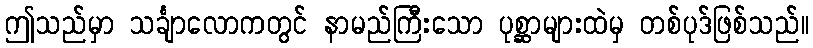
ဤသည်မှာ သင်္ချာလောကတွင် နာမည်ကြီးသော ပုစ္ဆာများထဲမှ တစ်ပုဒ်ဖြစ်သည်။